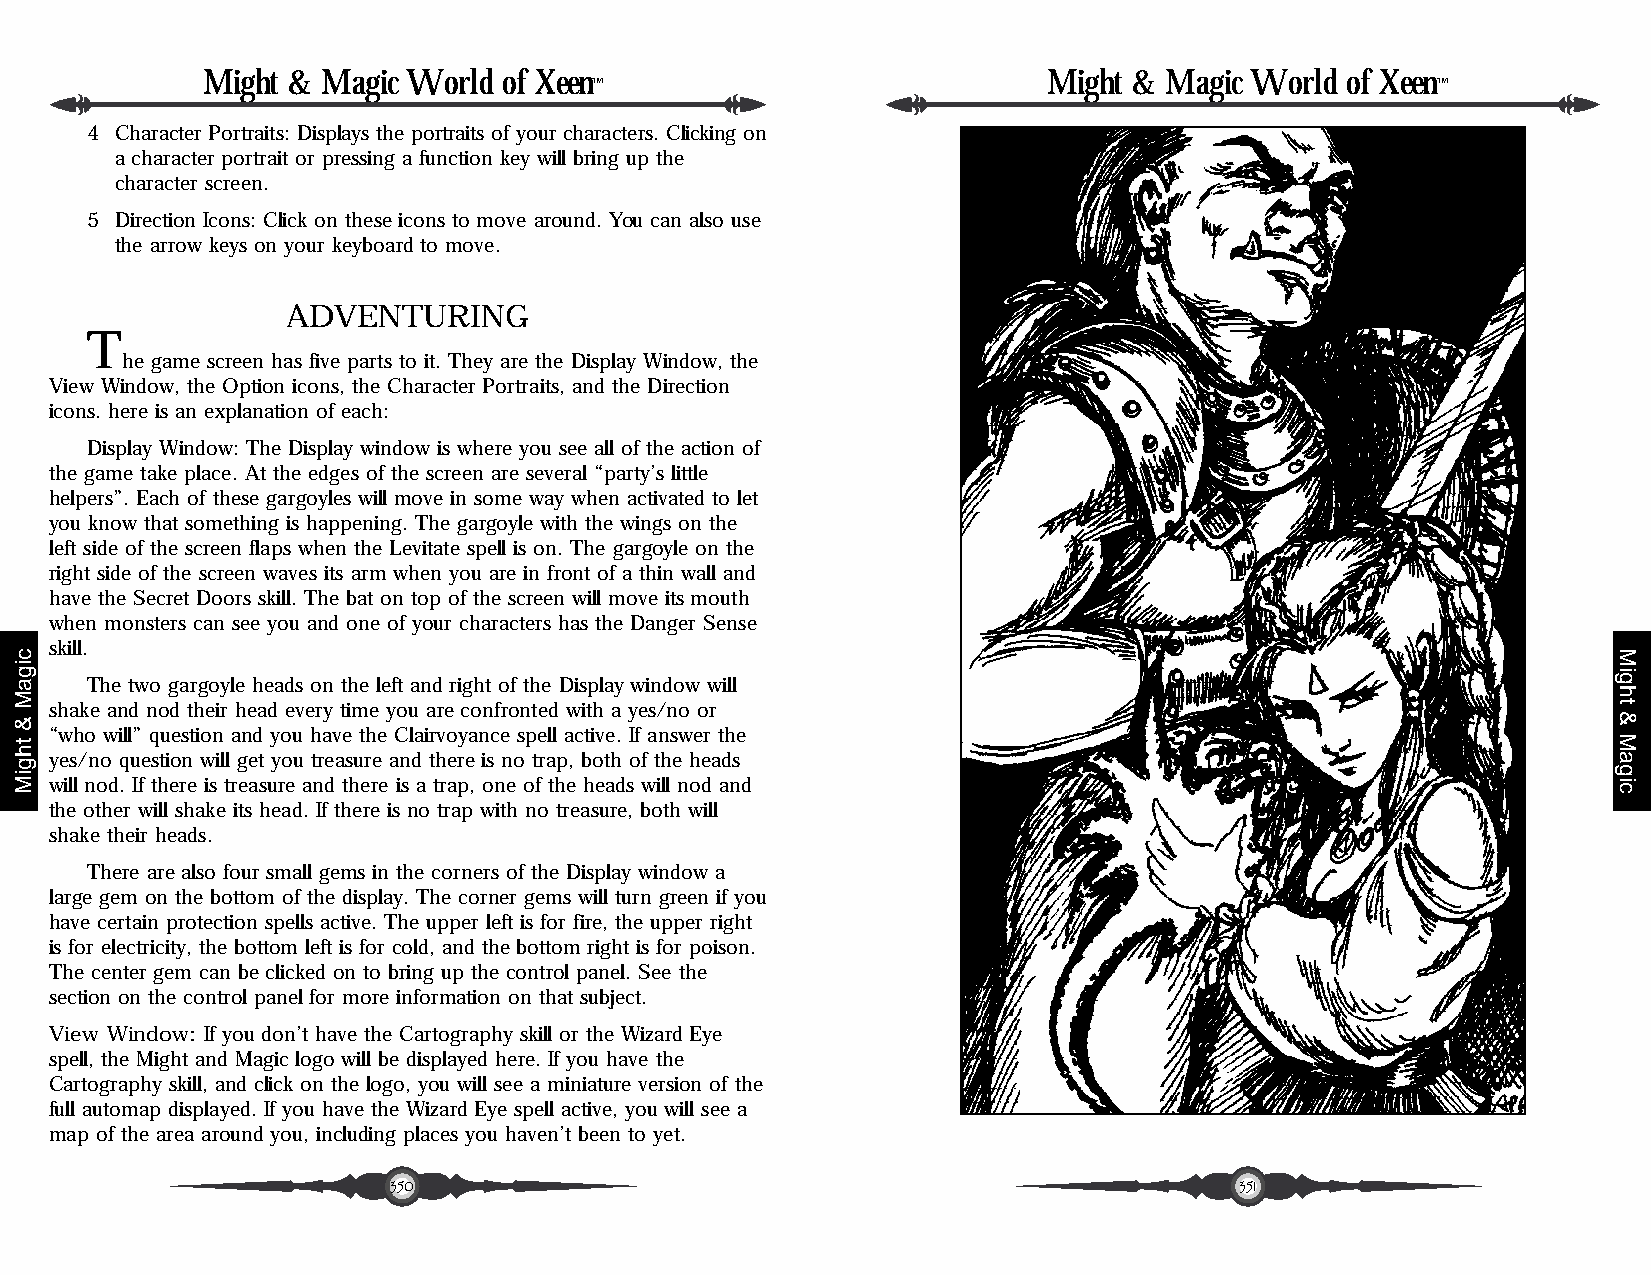
Might & Magic World of Xeen                             Might & Magic World of Xeen
 ™                                                       ™
 4 Character Portraits: Displays the portraits of your characters. Clicking on
 a character portrait or pressing a function key will bring up the
 character screen.
 5 Direction Icons: Click on these icons to move around. You can also use
 the arrow keys on your keyboard to move.
 ADVENTURING
 T
 he game screen has five parts to it. They are the Display Window, the
 View Window, the Option icons, the Character Portraits, and the Direction
 icons. here is an explanation of each:
 Display Window: The Display window is where you see all of the action of
 the game take place. At the edges of the screen are several “party’s little
 helpers”. Each of these gargoyles will move in some way when activated to let
 you know that something is happening. The gargoyle with the wings on the
 left side of the screen flaps when the Levitate spell is on. The gargoyle on the
 right side of the screen waves its arm when you are in front of a thin wall and
 have the Secret Doors skill. The bat on top of the screen will move its mouth
 when monsters can see you and one of your characters has the Danger Sense
 skill.
 The two gargoyle heads on the left and right of the Display window will
 shake and nod their head every time you are confronted with a yes/no or
 “who will” question and you have the Clairvoyance spell active. If answer the
 yes/no question will get you treasure and there is no trap, both of the heads
 will nod. If there is treasure and there is a trap, one of the heads will nod and
 the other will shake its head. If there is no trap with no treasure, both will
 shake their heads.
 There are also four small gems in the corners of the Display window a
 large gem on the bottom of the display. The corner gems will turn green if you
 have certain protection spells active. The upper left is for fire, the upper right
 is for electricity, the bottom left is for cold, and the bottom right is for poison.
 The center gem can be clicked on to bring up the control panel. See the
 section on the control panel for more information on that subject.
 View Window: If you don’t have the Cartography skill or the Wizard Eye
 spell, the Might and Magic logo will be displayed here. If you have the
 Cartography skill, and click on the logo, you will see a miniature version of the
 full automap displayed. If you have the Wizard Eye spell active, you will see a
 map of the area around you, including places you haven’t been to yet.
 350                                                     351
 cigaM
 &
 thgiM
 Might
 &
 Magic